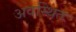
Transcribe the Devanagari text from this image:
अवस्थितः